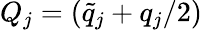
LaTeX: Q_{j}=(\tilde{q}_{j}+q_{j}/2)